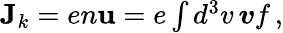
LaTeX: \begin{array}{r}{\textbf{J}_{k}=en\textbf{u}=e\int d^{3}v\, \boldsymbol{v}f\, ,}\end{array}